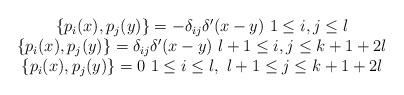
LaTeX: \begin{align*}\begin{array}{c}\{p_i(x),p_j(y)\}=-\delta _{ij}\delta ^{\prime }(x-y)\ 1\leq i,j\leq l \\ \{p_i(x),p_j(y)\}=\delta _{ij}\delta ^{\prime }(x-y)\ l+1\leq i,j\leq k+1+2l\\ \{p_i(x),p_j(y)\}=0\ 1\leq i\leq l,\ l+1\leq j\leq k+1+2l\end{array}\end{align*}